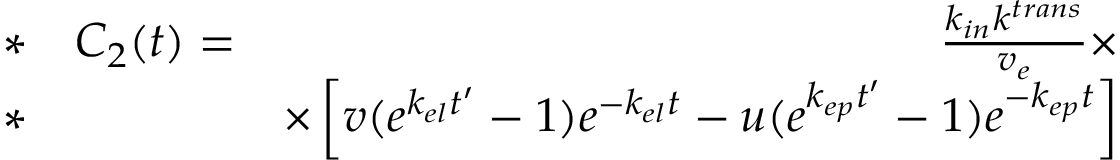
\begin{array} { r l r } { * } & { { } C _ { 2 } ( t ) = } & { \frac { k _ { i n } k ^ { t r a n s } } { v _ { e } } \times } \\ { * } & { { } } & { \times \left[ v ( e ^ { k _ { e l } t ^ { \prime } } - 1 ) e ^ { - k _ { e l } t } - u ( e ^ { k _ { e p } t ^ { \prime } } - 1 ) e ^ { - k _ { e p } t } \right] } \end{array}